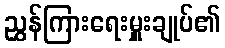
ညွှန်ကြားရေးမှူးချုပ်၏